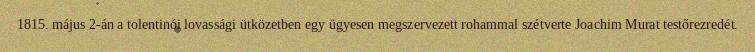
1815. május 2-án a tolentinói lovassági ütközetben egy ügyesen megszervezett rohammal szétverte Joachim Murat testőrezredét.